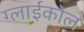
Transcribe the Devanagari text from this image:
ग्लाईकोल